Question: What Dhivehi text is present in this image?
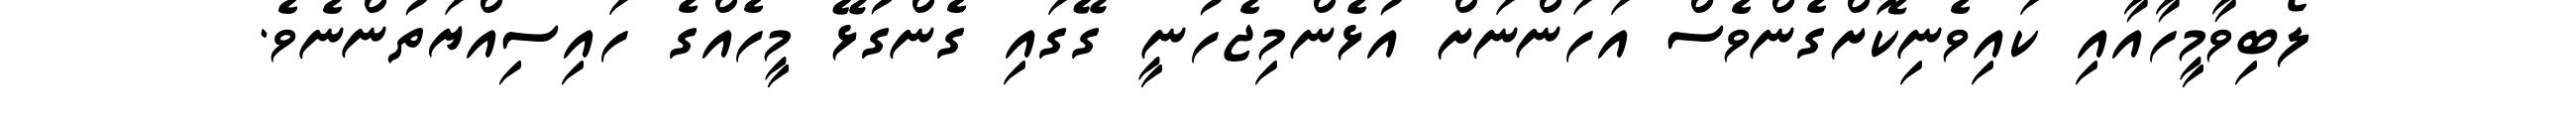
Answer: ލޯބިވާމީހާއާއި ކައިވެނިކޮށްގެންވެސް އަހަންނަށް އުޅެންމިޖެހުނީ ގޭގައި ގެންގުޅޭ މީހެއްގެ ހައިސިއްޔަތުންނެވެ.